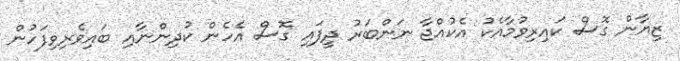
ޒިޔާން ގޮސް ކައިރިވުމާއެކު އެކުއްޖާ ނަންބަރު ދީފައި ގޮސް އެހެން ކުދިންނާއި ބައިވެރިވިފަހުން